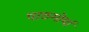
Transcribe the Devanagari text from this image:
पाठमोर्या